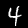
Label: 4